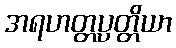
အရဟတ္တပ္ပတ္တိယာ